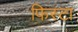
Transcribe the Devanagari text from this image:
फिस्टा